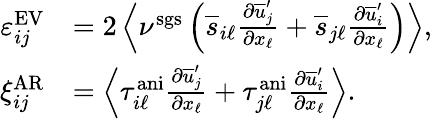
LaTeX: \begin{array}{rl}{\varepsilon_{ij}^{\mathrm{EV}}}&{=2\left<\nu^{\mathrm{sgs}}\left(\overline{{s}}_{i\ell}\frac{\partial\overline{{u}}_{j}^{\prime}}{\partial x_{\ell}}+\overline{{s}}_{j\ell}\frac{\partial\overline{{u}}_{i}^{\prime}}{\partial x_{\ell}}\right)\right>,}\\ {\xi_{ij}^{\mathrm{AR}}}&{=\left<\tau_{i\ell}^{\mathrm{ani}}\frac{\partial\overline{{u}}_{j}^{\prime}}{\partial x_{\ell}}+\tau_{j\ell}^{\mathrm{ani}}\frac{\partial\overline{{u}}_{i}^{\prime}}{\partial x_{\ell}}\right>.}\end{array}